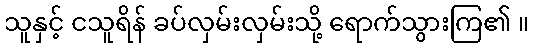
သူနှင့် ငသူရိန် ခပ်လှမ်းလှမ်းသို့ ရောက်သွားကြ၏ ။